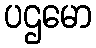
ပဌမော